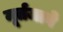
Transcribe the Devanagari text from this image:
मूर्तजाने